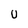
Character: U